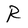
Character: R